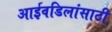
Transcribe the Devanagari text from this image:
आईवडिलांसाठी